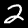
Digit: 2